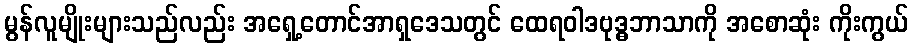
မွန်လူမျိုးများသည်လည်း အရှေ့တောင်အာရှဒေသတွင် ထေရဝါဒဗုဒ္ဓဘာသာကို အစောဆုံး ကိုးကွယ်